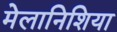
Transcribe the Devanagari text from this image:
मेलानिशिया